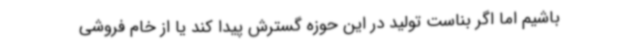
باشیم اما اگر بناست تولید در این حوزه گسترش پیدا کند یا از خام فروشی